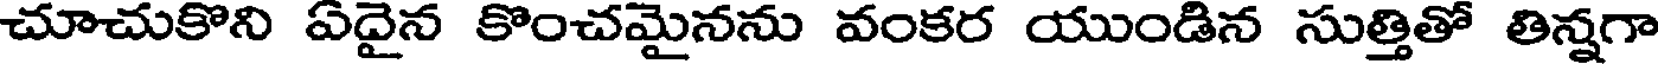
చూచుకొని ఏదైన కొంచమైనను వంకర యుండిన సుత్తితో తిన్నగా